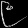
Digit: ၉